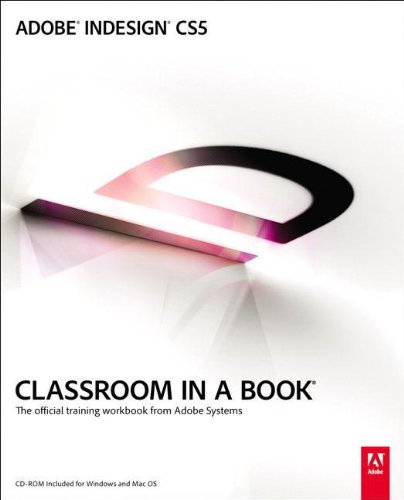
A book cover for Adobe InDesign CS5 Classroom in a Book; Adobe Creative Team; Computers & Technology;